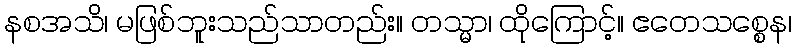
နစအသိ၊ မဖြစ်ဘူးသည်သာတည်း။ တသ္မာ၊ ထိုကြောင့်။ ဧတေသစ္စေန၊